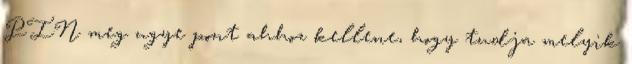
PIN meg ugye pont ahhoz kellene, hogy tudja melyik